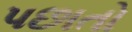
પછાતો